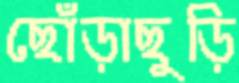
ছোঁড়াছুড়ি